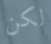
لكن